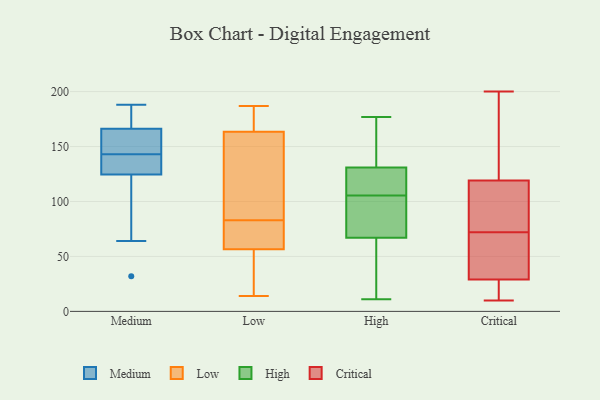
{"axis": {"x": "Production Output", "y": "Value"}, "legend": ["Critical", "High", "Low", "Medium"], "data": [{"x": "", "y": 143, "type": "Medium"}, {"x": "", "y": 143, "type": "Medium"}, {"x": "", "y": 132, "type": "Medium"}, {"x": "", "y": 188, "type": "Medium"}, {"x": "", "y": 184, "type": "Medium"}, {"x": "", "y": 137, "type": "Medium"}, {"x": "", "y": 139, "type": "Medium"}, {"x": "", "y": 179, "type": "Medium"}, {"x": "", "y": 162, "type": "Medium"}, {"x": "", "y": 151, "type": "Medium"}, {"x": "", "y": 32, "type": "Medium"}, {"x": "", "y": 102, "type": "Medium"}, {"x": "", "y": 64, "type": "Medium"}, {"x": "", "y": 14, "type": "Low"}, {"x": "", "y": 83, "type": "Low"}, {"x": "", "y": 83, "type": "Low"}, {"x": "", "y": 187, "type": "Low"}, {"x": "", "y": 161, "type": "Low"}, {"x": "", "y": 58, "type": "Low"}, {"x": "", "y": 52, "type": "Low"}, {"x": "", "y": 48, "type": "Low"}, {"x": "", "y": 114, "type": "Low"}, {"x": "", "y": 77, "type": "Low"}, {"x": "", "y": 172, "type": "Low"}, {"x": "", "y": 88, "type": "Low"}, {"x": "", "y": 171, "type": "Low"}, {"x": "", "y": 104, "type": "High"}, {"x": "", "y": 62, "type": "High"}, {"x": "", "y": 115, "type": "High"}, {"x": "", "y": 107, "type": "High"}, {"x": "", "y": 167, "type": "High"}, {"x": "", "y": 157, "type": "High"}, {"x": "", "y": 104, "type": "High"}, {"x": "", "y": 63, "type": "High"}, {"x": "", "y": 67, "type": "High"}, {"x": "", "y": 163, "type": "High"}, {"x": "", "y": 177, "type": "High"}, {"x": "", "y": 75, "type": "High"}, {"x": "", "y": 126, "type": "High"}, {"x": "", "y": 131, "type": "High"}, {"x": "", "y": 24, "type": "High"}, {"x": "", "y": 119, "type": "High"}, {"x": "", "y": 71, "type": "High"}, {"x": "", "y": 11, "type": "High"}, {"x": "", "y": 20, "type": "Critical"}, {"x": "", "y": 131, "type": "Critical"}, {"x": "", "y": 12, "type": "Critical"}, {"x": "", "y": 119, "type": "Critical"}, {"x": "", "y": 20, "type": "Critical"}, {"x": "", "y": 115, "type": "Critical"}, {"x": "", "y": 200, "type": "Critical"}, {"x": "", "y": 29, "type": "Critical"}, {"x": "", "y": 74, "type": "Critical"}, {"x": "", "y": 70, "type": "Critical"}, {"x": "", "y": 10, "type": "Critical"}, {"x": "", "y": 78, "type": "Critical"}, {"x": "", "y": 96, "type": "Critical"}, {"x": "", "y": 129, "type": "Critical"}, {"x": "", "y": 40, "type": "Critical"}, {"x": "", "y": 63, "type": "Critical"}, {"x": "", "y": 66, "type": "Critical"}, {"x": "", "y": 199, "type": "Critical"}]}